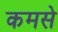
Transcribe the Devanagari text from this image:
कमसे